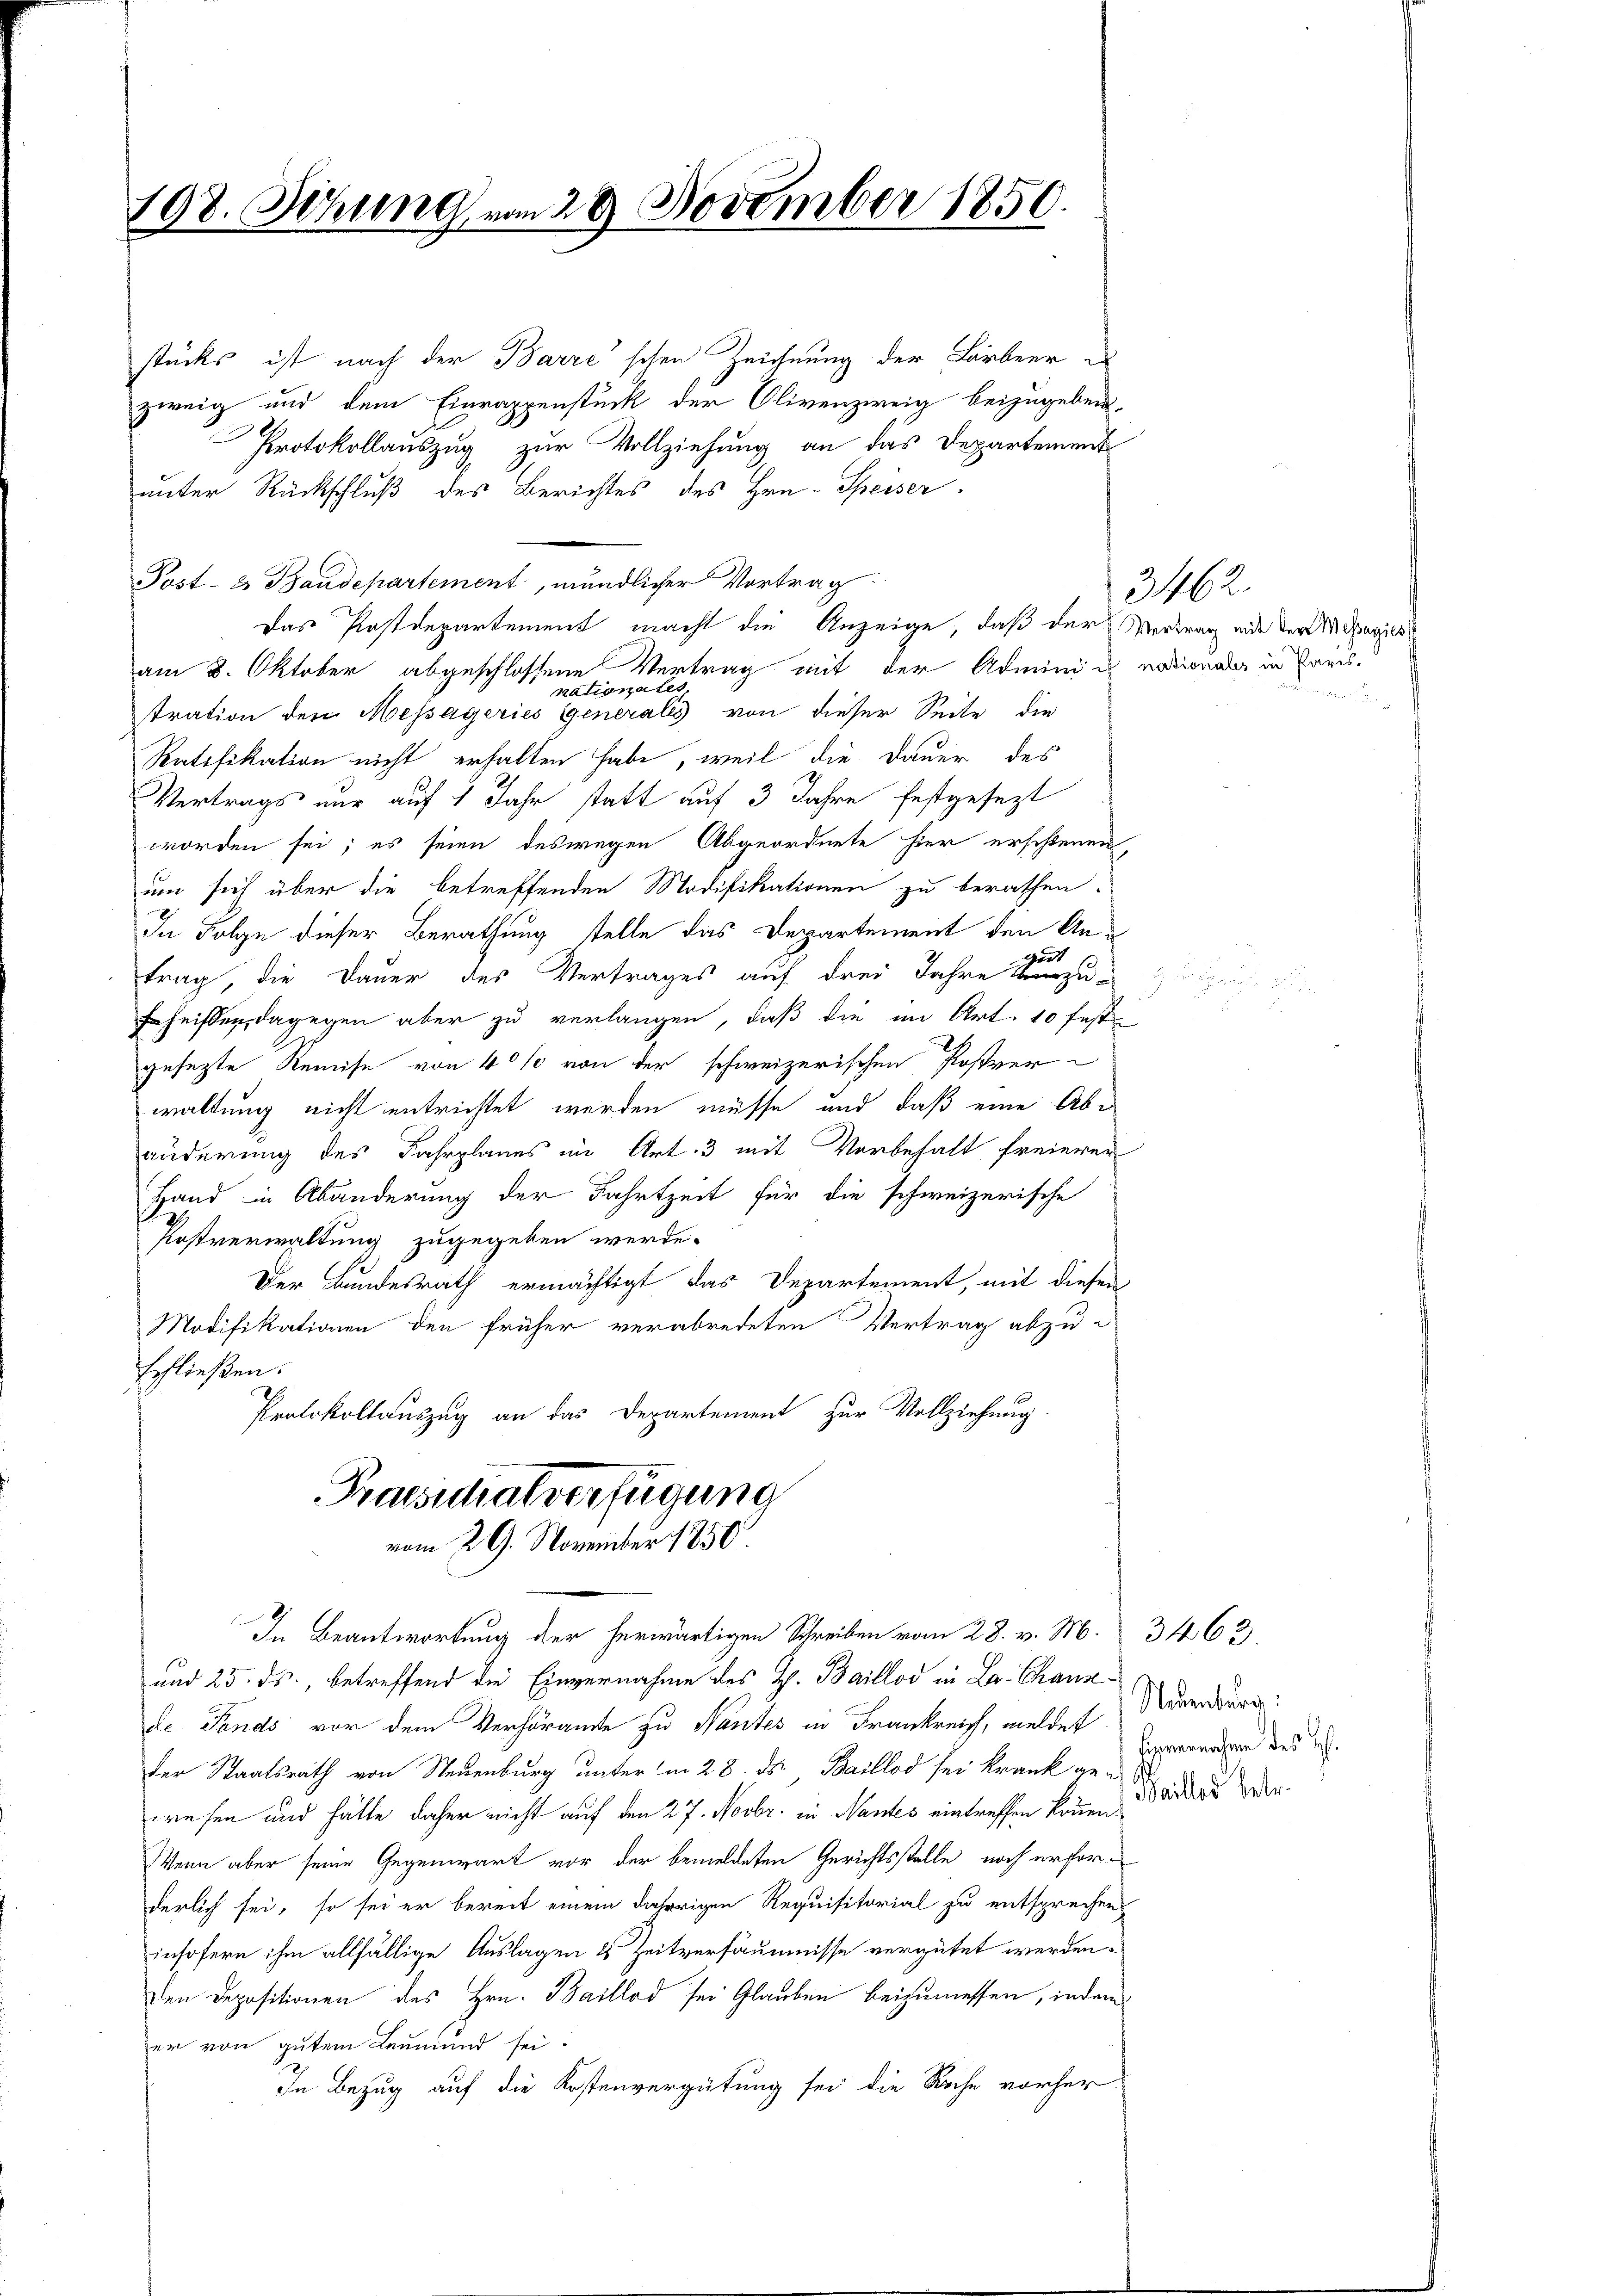
108. Sitzung von 28. November 1850.

stücks ist nach der Barre schen Zeichnung der Lorbeer
zweig und dem Einrappenstück der Olivenzweig beizugeben,
Protokollauszug zur Vollziehung an das Departement
unter Rückschluß des Berichtes des Hrn. Speiser
Post- & Baudepartement, mündlicher Vortrag:
Das Postdepartement macht die Anzeige, daß der Vertrag mit der Magis
am 8. Oktober abgeschlossene Vertrag mit der Admini es nationaler in Kans.
nauonates.
stration den Messageries Generalis von dieser Seite die
Ratifikation nicht erhalten habe, weil die Dauer des
Vertrags nur auf 1 Jahr statt auf 3 Jahre festgesezt
worden sei; es seien deswegen Abgeordnete hier erschienen,
um sich über die betreffenden Modifikationen zu berathen.
In Folge dieser Berathung stelle das Departement den Ant
trag, die Dauer des Vertrages auf drei Jahre zu
rheissen, dagegen aber zu verlangen, daß die im Art. 10 fest
gesezte Remise von 40% von der schweizerischen Postver-
waltung nicht entrichtet werden müsse und daß eine Abe
änderung des Fahrplanes im Art. 3 mit Vorbehalt freieren
Hand in Abänderung der Fahrtzeit für die schweizerische
Postverwaltung zugegeben werde.
Der Bundesrath ermächtigt das Departement, mit diesen
Modifikationen den früher verabredeten Vertrag abzu-
schließen:
Protokollauszug an das Departement zur Vollziehung.
Praesidialverfügung
vom 29. November 1850.
In Beantwortung der herwärtigen Schreiben vom 28. v. M. 3463.
und 25. ds., betreffend die Einvernahme des Th. Baillod in La Chanzde Fonds vor dem Verhöramte zu Nantes in Frankreich, meldes Neuenburg
der Staatsrath von Neuenburg unter in 28. ds., Baillod sei krank ge-
wesen und hätte daher nicht auf den 27. Novbr. in Nantes eintreffen können,
Wenn aber seine Gegenwart vor der bemeldeten Gerichtsstelle noch erforderlich sei, so sei er bereit einem daherigen Requisitorial zu entsprechen
insofern ihm allfällige Auslagen u Zeitversäumnisse vergütet werden.
Den Depositionen des Hrn. Baillod sei Glauben beizumessen, indem
er von gutem Leumund sei.
In Bezug auf die Kostenvergütung sei die Sache vorher¬

3462.
edenen

Einvernahme des H.
Baillod betr.